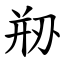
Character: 剙